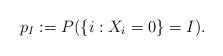
LaTeX: \begin{align*}p_I:=P(\{i:X_i=0\}=I).\end{align*}